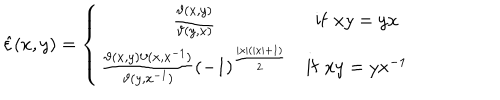
LaTeX: \hat { \varepsilon } ( x , y ) = \left\{ \begin{array} { c c } { { \frac { \vartheta ( x , y ) } { \vartheta ( y , x ) } } } & { { \mathrm { i f } \, \, x y = y x } } \\ { { \frac { \vartheta ( x , y ) \vartheta ( x , x ^ { - 1 } ) } { \vartheta ( y , x ^ { - 1 } ) } ( - 1 ) ^ { \frac { \left| x \right| ( \left| x \right| + 1 ) } { 2 } } } } & { { \mathrm { i f } \, \, x y = y x ^ { - 1 } } } \\ \end{array} \right.